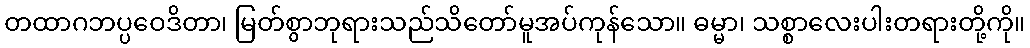
တထာဂဘပ္ပဝေဒိတာ၊ မြတ်စွာဘုရားသည်သိတော်မူအပ်ကုန်သော။ ဓမ္မာ၊ သစ္စာလေးပါးတရားတို့ကို။